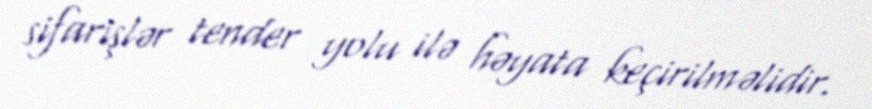
sifarişlər tender yolu ilə həyata keçirilməlidir.